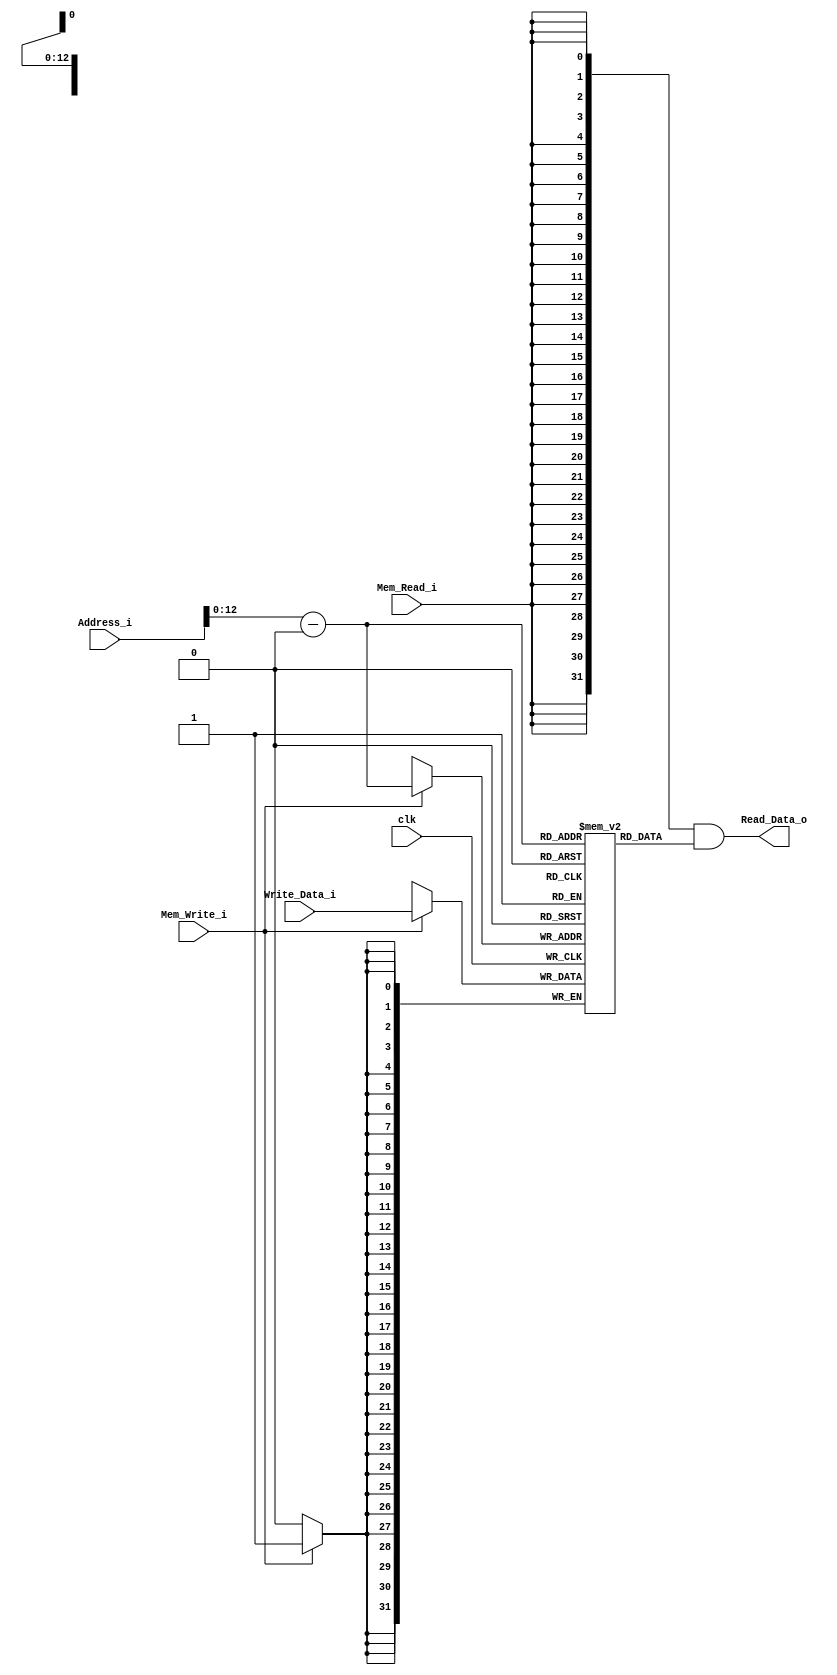
/******************************************************************
* Description
*	This is the data memory for the RISC-V processor
*	1.0
* Author:
*	Dr. Jos Luis Pizano Escalante
* email:
*	luispizano@iteso.mx
* Date:
*	16/08/2021
******************************************************************/

module Data_Memory 
#(	parameter DATA_WIDTH = 32,
	parameter MEMORY_DEPTH = 8192
)
(
	input clk,
	input Mem_Write_i,	//selector escribir en memoria
	input Mem_Read_i,		//selector leer de la memoria
	input [DATA_WIDTH-1:0] Write_Data_i,	//Datos a escribir
	input [DATA_WIDTH-1:0]  Address_i,		//direccion

	output  [DATA_WIDTH-1:0]  Read_Data_o	//valor leido
);
	
wire [DATA_WIDTH-1 : 0] real_address;

//assign real_address = {2'b0, Address_i[15:2]};
assign real_address = {Address_i-32'h10010000};
	
	// Declare the RAM variable
reg [DATA_WIDTH-1:0] ram[MEMORY_DEPTH-1:0];
wire [DATA_WIDTH-1:0] read_data_aux;

	always @ (posedge clk)
	begin
		// Write
		if (Mem_Write_i)
			ram[real_address] <= Write_Data_i; // si guardo un elemento en un circuito combinacional se genera un latch
	end
	
	assign read_data_aux = ram[real_address];
	
  	assign Read_Data_o = { DATA_WIDTH { Mem_Read_i } } & read_data_aux;

endmodule